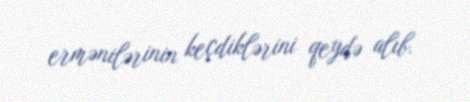
ermənilərinin keçdiklərini qeydə alıb.